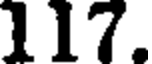
117.